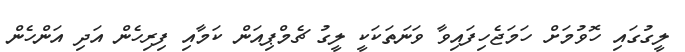
ލީގުގައި ހޮވުމަށް ހަމަޖެހިފައިވާ ވަނަތަކަކީ ލީގު ޗެމްޕިއަން ކަމާއި ފިރިހެން އަދި އަންހެން